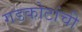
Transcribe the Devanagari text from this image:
गडकोटांची